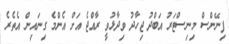
ފިނޭންސް މިނިސްޓަރު އަބްދު ޖިހާދު ވިދާޅުވީ ރާއްޖެ އަށް އެންމެ ގިނައިން އެތެރެ